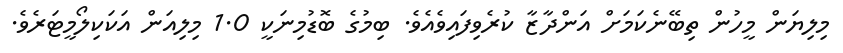
މިލިޔަން މީހުން ތިބޭނެކަމަށް އަންދާޒާ ކުރެވިފައިވެއެވެ. ބިމުގެ ބޮޑުމިނަކީ 1.0 މިލިއަން އަކަކިލޯމީޓަރެވެ.